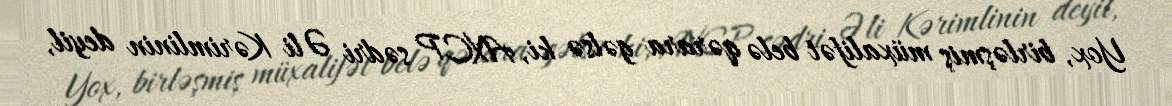
Yox, birləşmiş müxalifət belə qərara gəlsə ki, AXCP sədri Əli Kərimlinin deyil,